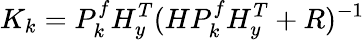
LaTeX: K_{k}=P_{k}^{f}H_{y}^{T}(HP_{k}^{f}H_{y}^{T}+R)^{-1}